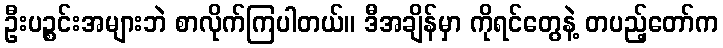
ဦးပဉ္စင်းအများဘဲ စာလိုက်ကြပါတယ်။ ဒီအချိန်မှာ ကိုရင်တွေနဲ့ တပည့်တော်က